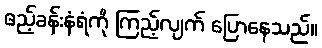
ဧည့်ခန်းနံရံကို ကြည့်လျက် ပြောနေသည်။